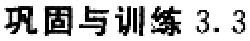
巩固与训练 3.3